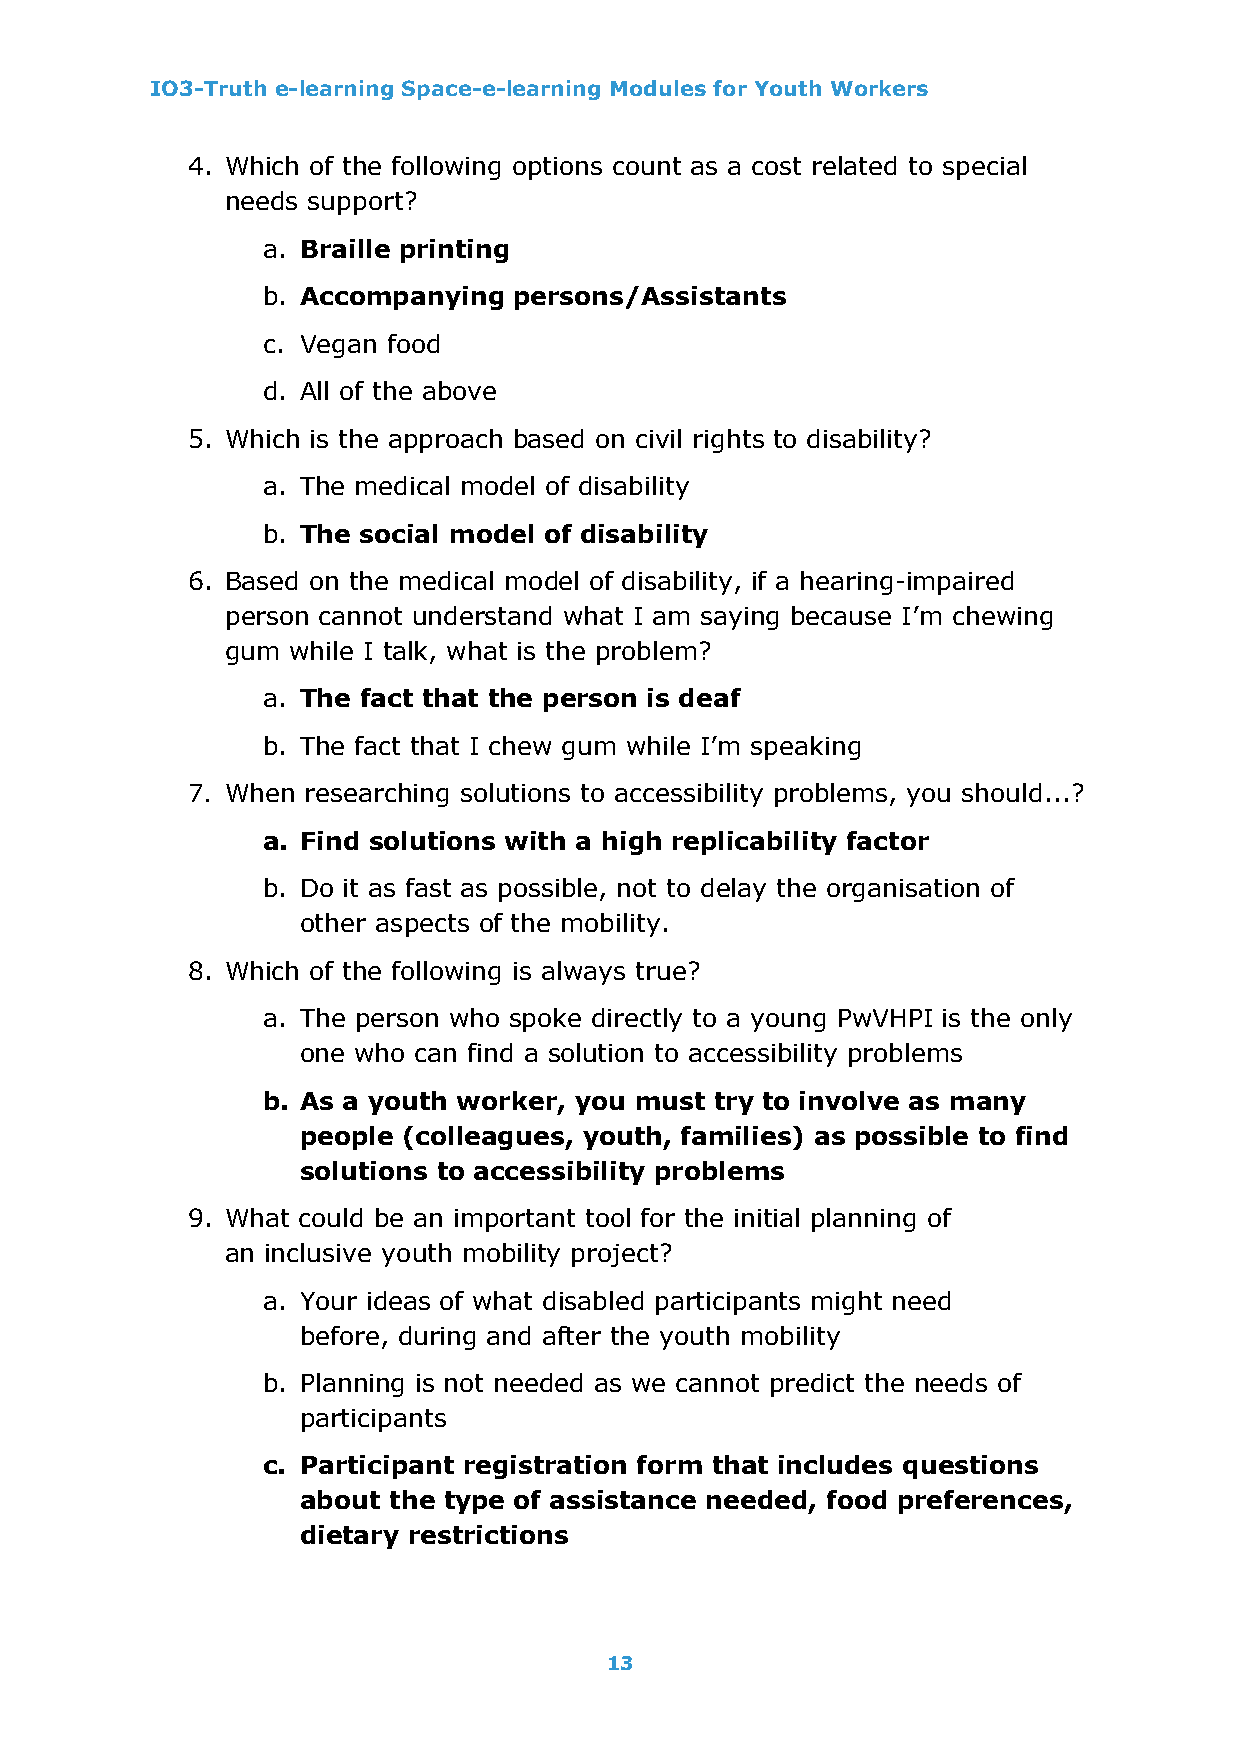
IO3-Truth e-learning Space-e-learning Modules for Youth Workers
 4. Which of the following options count as a cost related to special
 needs support?
 a. Braille printing
 b. Accompanying  persons/Assistants
 c. Vegan food
 d. All of the above
 5. Which is the approach based on civil rights to disability?
 a. The medical model of disability
 b. The social model of disability
 6. Based on the medical model of disability, if a hearing-impaired
 person cannot understand what I am saying because I’m chewing
 gum while I talk, what is the problem?
 a. The fact that the person is deaf
 b. The fact that I chew gum while I’m speaking
 7. When researching solutions to accessibility problems, you should...?
 a. Find solutions with a high replicability factor
 b. Do it as fast as possible, not to delay the organisation of
 other aspects of the mobility.
 8. Which of the following is always true?
 a. The person who spoke directly to a young PwVHPI is the only
 one who can find a solution to accessibility problems
 b. As a youth worker, you must try to involve as many
 people (colleagues, youth, families) as possible to find
 solutions to accessibility problems
 9. What could be an important tool for the initial planning of
 an inclusive youth mobility project?
 a. Your ideas of what disabled participants might need
 before, during and after the youth mobility
 b. Planning is not needed as we cannot predict the needs of
 participants
 c. Participant registration form that includes questions
 about the type of assistance needed, food preferences,
 dietary restrictions
 13